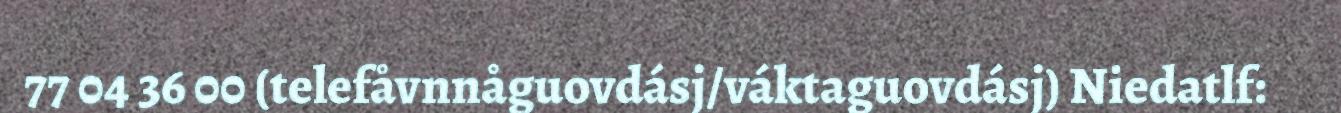
77 04 36 00 (telefåvnnåguovdásj/váktaguovdásj) Niedatlf: